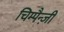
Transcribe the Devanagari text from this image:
चिम्पैन्ज़ी